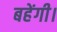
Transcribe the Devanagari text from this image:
बहेंगी।